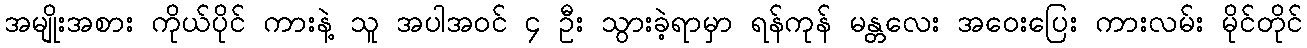
အမျိုးအစား ကိုယ်ပိုင် ကားနဲ့ သူ အပါအဝင် ၄ ဦး သွားခဲ့ရာမှာ ရန်ကုန် မန္တလေး အဝေးပြေး ကားလမ်း မိုင်တိုင်